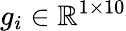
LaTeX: g_{i}\in\mathbb{R}^{1\times 10}